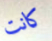
كانت